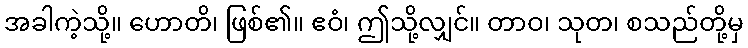
အခါကဲ့သို့။ ဟောတိ၊ ဖြစ်၏။ ဧဝံ၊ ဤသို့လျှင်။ တာဝ၊ သုတ၊ စသည်တို့မှ